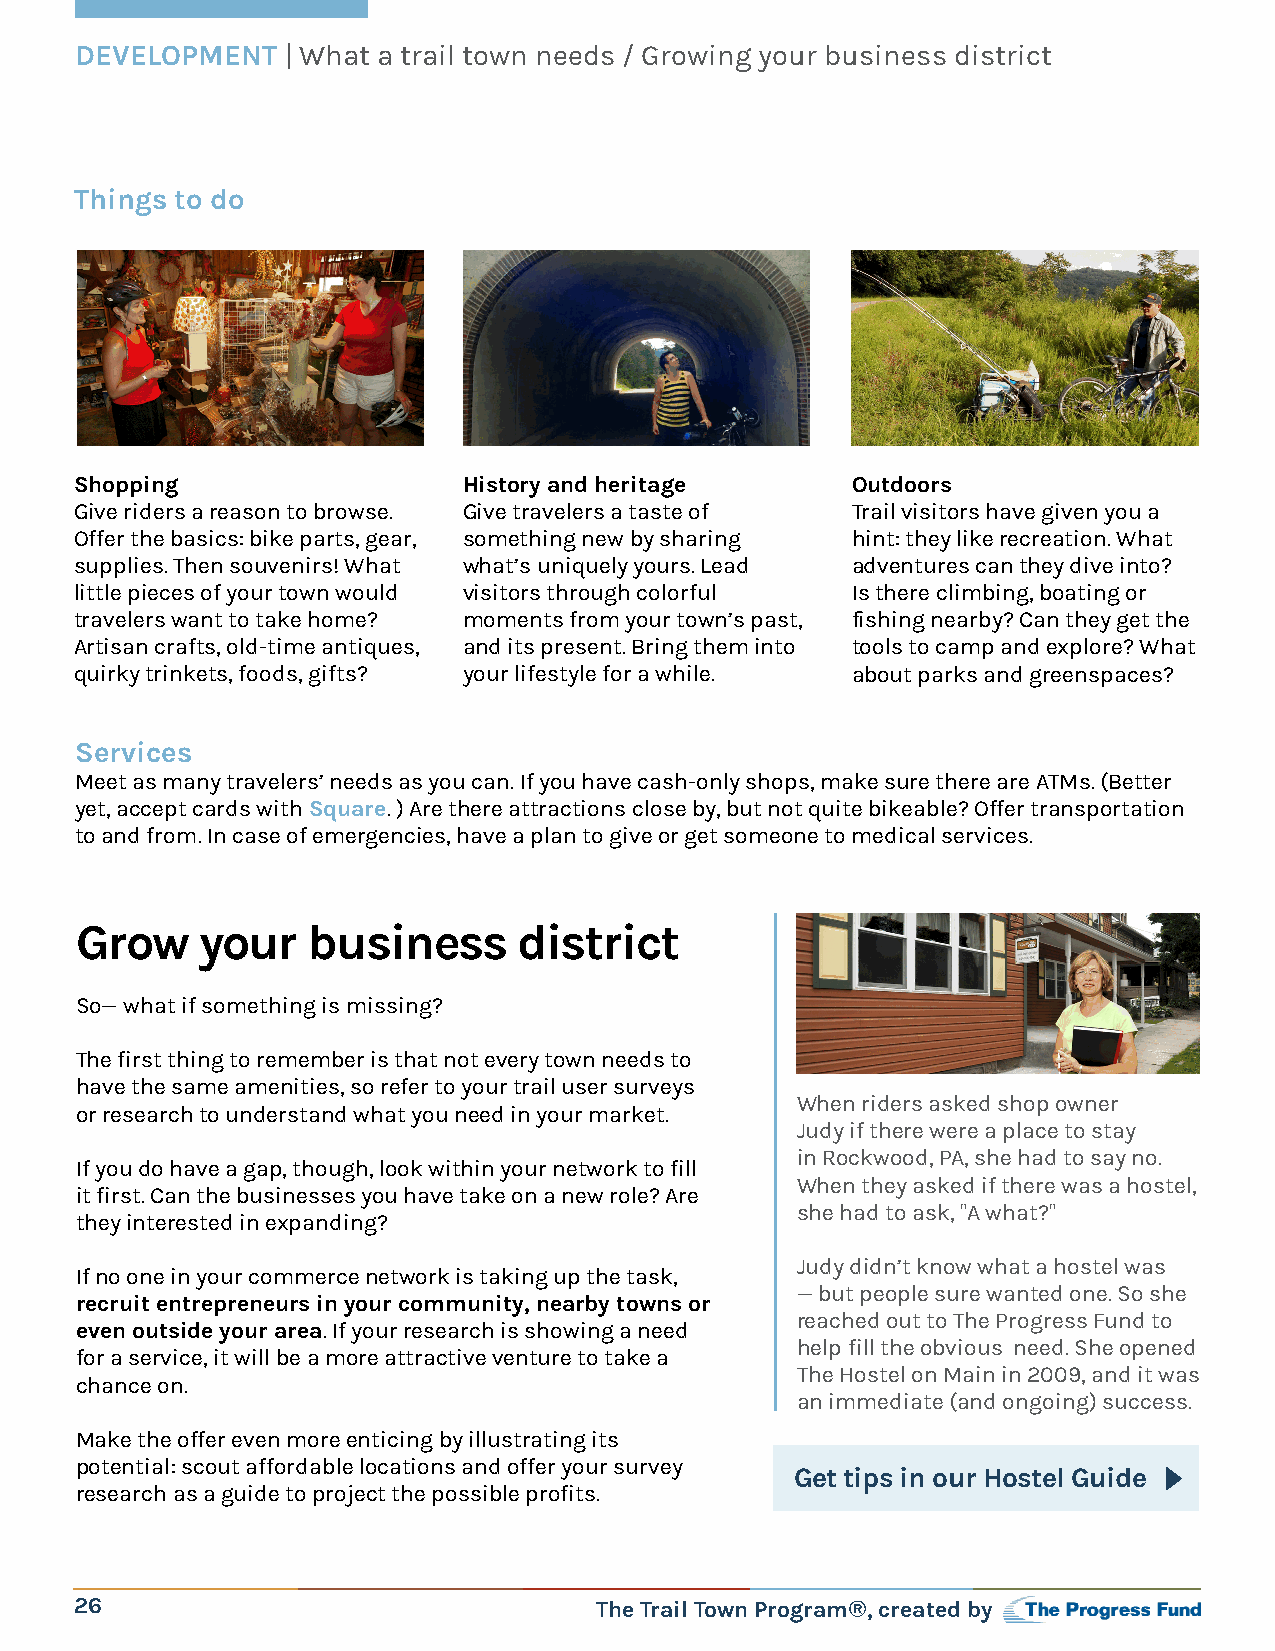
DEVELOPMENT   | What a trail town needs / Growing your business district
 Things to do
 Shopping                  History and heritage     Outdoors
 Give riders a reason to browse. Give travelers a taste of Trail visitors have given you a
 Offer the basics: bike parts, gear, something new by sharing hint: they like recreation. What
 supplies. Then souvenirs! What what’s uniquely yours. Lead adventures can they dive into?
 little pieces of your town would visitors through colorful Is there climbing, boating or
 travelers want to take home? moments from your town’s past, fishing nearby? Can they get the
 Artisan crafts, old-time antiques, and its present. Bring them into tools to camp and explore? What
 quirky trinkets, foods, gifts? your lifestyle for a while. about parks and greenspaces?
 Services
 Meet as many travelers’ needs as you can. If you have cash-only shops, make sure there are ATMs. (Better
 yet, accept cards with Square. ) Are there attractions close by, but not quite bikeable? Offer transportation
 to and from. In case of emergencies, have a plan to give or get someone to medical services.
 Grow    your   business      district
 So— what if something is missing?
 The first thing to remember is that not every town needs to
 have the same amenities, so refer to your trail user surveys
 When riders asked shop owner
 or research to understand what you need in your market.
 Judy if there were a place to stay
 in Rockwood, PA, she had to say no.
 If you do have a gap, though, look within your network to fill
 When they asked if there was a hostel,
 it first. Can the businesses you have take on a new role? Are
 she had to ask, "A what?"
 they interested in expanding?
 Judy didn’t know what a hostel was
 If no one in your commerce network is taking up the task,
 — but people sure wanted one. So she
 recruit entrepreneurs in your community, nearby towns or
 reached out to The Progress Fund to
 even outside your area. If your research is showing a need
 help fill the obvious need. She opened
 for a service, it will be a more attractive venture to take a
 The Hostel on Main in 2009, and it was
 chance on.
 an immediate (and ongoing) success.
 Make the offer even more enticing by illustrating its
 potential: scout affordable locations and offer your survey
 Get tips in our Hostel Guide
 research as a guide to project the possible profits.
 26                                The Trail Town Program®, created by